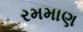
રમમાણ